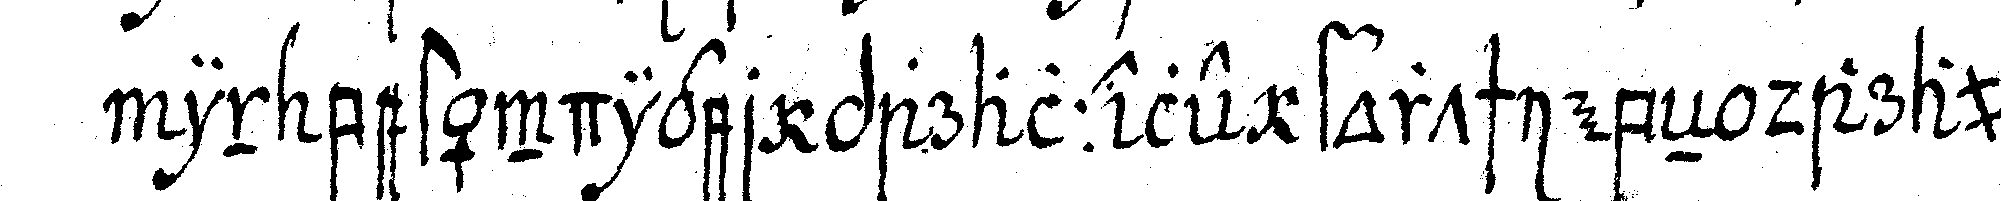
in beständiger parallele fortschiebeN darauf